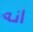
انه